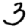
Digit: 3